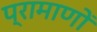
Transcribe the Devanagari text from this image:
प्रामाणों